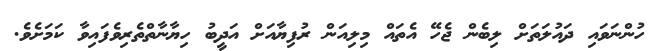
ހުންނަވައި ދައުލަތަށް ލިބެން ޖެހޭ އެތައް މިލިއަން ރުފިޔާއަށް އަދީބު ހިޔާނާތްތެރިވެފައިވާ ކަމަށެވެ.